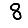
Digit: 8